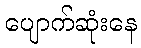
ပျောက်ဆုံးနေ